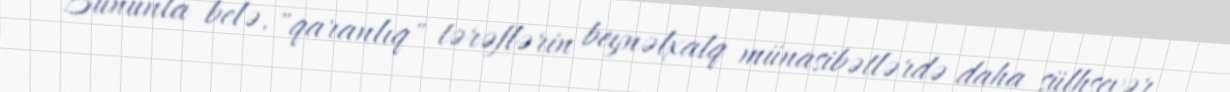
Bununla belə, "qaranlıq" tərəflərin beynəlxalq münasibətlərdə daha sülhsevər